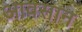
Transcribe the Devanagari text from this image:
आवसान